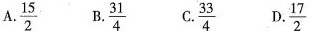
A.\frac{15}{2} B.\frac{31}{4} C.\frac{33}{4} D.\frac{17}{2}